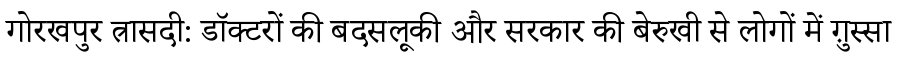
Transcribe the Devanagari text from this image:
गोरखपुर त्रासदी: डॉक्टरों की बदसलूकी और सरकार की बेरुखी से लोगों में ग़ुस्सा